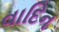
વાદિન